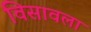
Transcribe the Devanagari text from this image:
विसावला